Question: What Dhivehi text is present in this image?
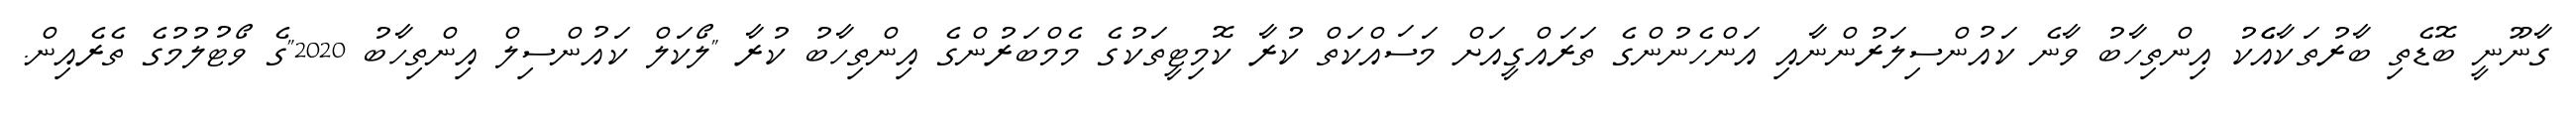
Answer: ގާނޫނީ ބޮޑެތި ބާރުތަކާއެެކު އިންތިހާބު ވާނެ ކައުންސިލަރުންނާއި އަންހެނުންގެ ތަރައްގީއަށް މަސައްކަތް ކުރާ ކޮމިޓީތަކުގެ މެމްބަރުންގެ އިންތިހާބު ކުރާ "ލޯކަލް ކައުންސިލް އިންތިހާބު 2020"ގެ ވޯޓުލުމުގެ ތެރެއިން.